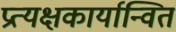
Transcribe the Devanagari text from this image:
प्रत्यक्षकार्यान्वित